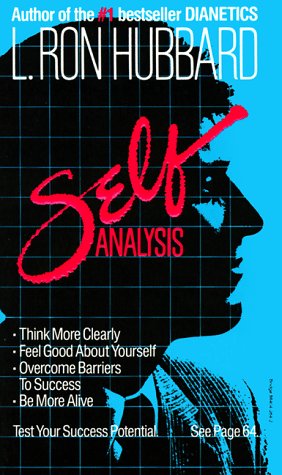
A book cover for Self Analysis; L. Ron Hubbard; Religion & Spirituality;